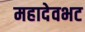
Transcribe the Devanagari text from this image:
महादेवभट